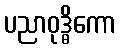
ပညာဝုဒ္ဓိကော